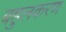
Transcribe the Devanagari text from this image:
बहुलकरण